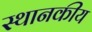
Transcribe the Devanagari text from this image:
स्थानकीय